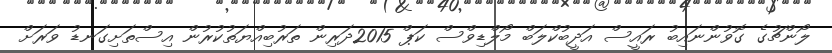
ލޯންޗުގެ ގޮވުންނައިބު ރައީސް އަދީބުކްލަބް މޯލްޑިވްސް ކަޕް 2015ދަރިން ތަރުބިއްޔަތުކުރުން އިސްތަށިގަނޑު ވަރަށް